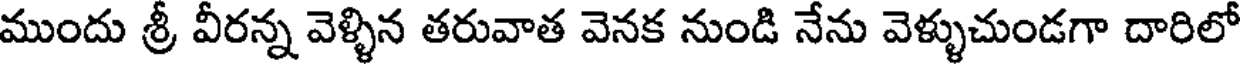
ముందు శ్రీ వీరన్న వెళ్ళిన తరువాత వెనక నుండి నేను వెళ్ళుచుండగా దారిలో